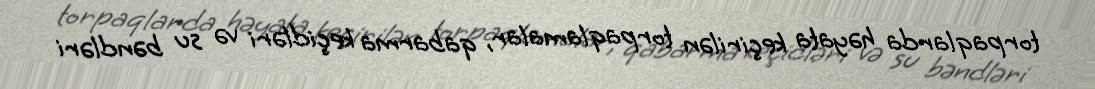
torpaqlarda həyata keçirilən torpaqlamalar, qabarma keçidləri və su bəndləri